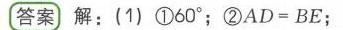
答案 解：(1) \textcircled{1}$60^{\circ}$；\textcircled{2}$AD = BE$；